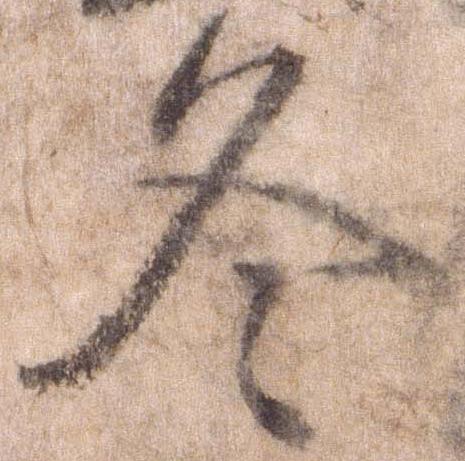
冬